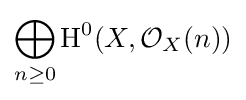
\bigoplus _{n\geq 0}\operatorname {H} ^{0}(X,{\mathcal {O}}_{X}(n))